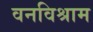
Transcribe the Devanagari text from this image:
वनविश्राम